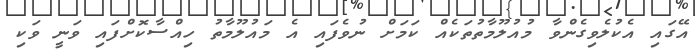
އޭގައި އެކުލެވިގެންވާ މުއުލޫމާތުތަކެއް ކަމަށް ނުވެފައި އެ މައުލޫމާތު ހިއްސާކޮށްފައި ވަނީ ވަކި